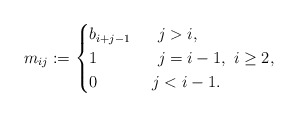
\begin{gather*}m_{ij}:= \begin{cases}b_{i+j-1} & \ \ j > i, \\1 & \ \ j=i-1, \ i \ge 2 , \\0 & \ j < i-1.\end{cases}\end{gather*}